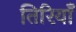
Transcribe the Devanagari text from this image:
तिरियाँ